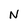
Character: N